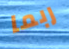
ربما